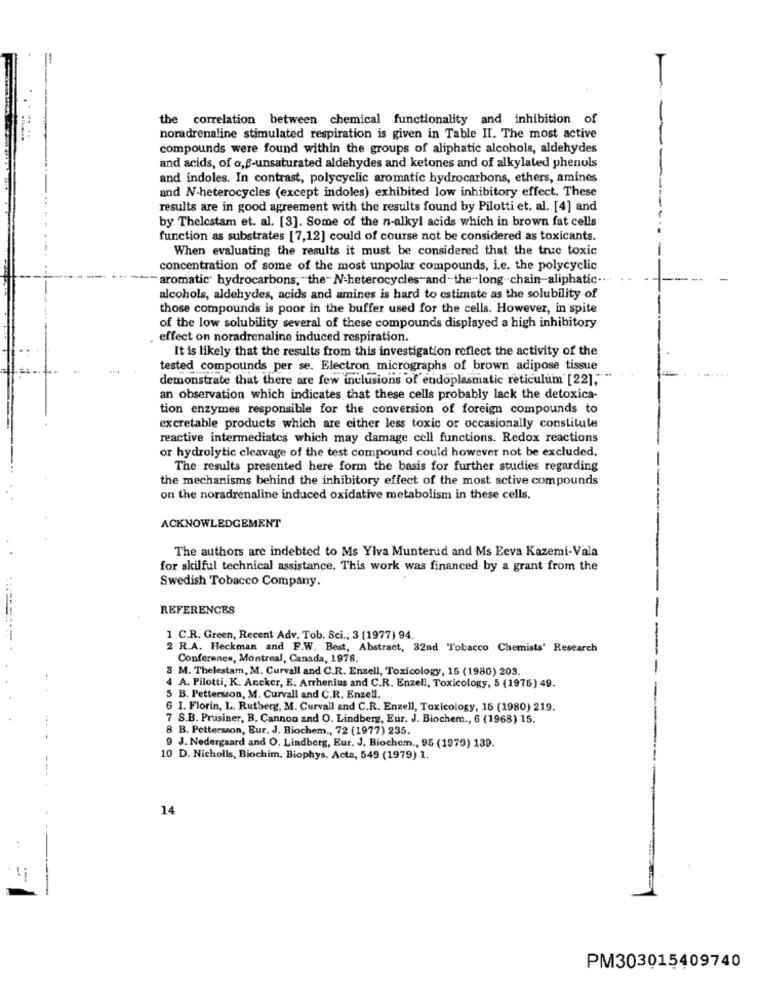
the correlation between chemical functionality and inhibition of
noradrenaline stimulated respiration is given in Table II. The most active
compounds were found within the groups of aliphatic alcohols, aldehydes
and acids, of a,g-unsaturated aldehydes and ketones and of alkylated phenols
and indoles. In contrast, polycyclic aromatic hydrocarbons, ethers, amines
and N-heterocycles (except indoles) exhibited low inhibitory effect. These
results are in good agreement with the results found by Pilotti et. al. [4] and
by Thelestam et. al. [3]. Some of the n-alkyl acids which in brown fat cells
function as substrates [7,12] could of course not be considered as toxicants.
When evaluating the results it must be considered that the true toxic
concentration of some of the most unpolar compounds, i.e. the polycyclic
- aromatic hydrocarbons;" the-N-heterocycles-and-the-long chain-aliphatic ...
alcohols, aldehydes, acids and amines is hard to estimate as the solubility of
those compounds is poor in the buffer used for the cells. However, in spite
of the low solubility several of these compounds displayed a high inhibitory
effect on noradrenaline induced respiration.
It is likely that the results from this investigation reflect the activity of the
tested compounds per se. Electron micrographs of brown adipose tissue
demonstrate that there are few inclusions of endoplasmatic reticulum' [22],""
an observation which indicates that these cells probably lack the detoxica-
tion enzymes responsible for the conversion of foreign compounds to
excretable products which are either less toxic or occasionally constitule
reactive intermediates which may damage cell functions. Redox reactions
or hydrolytic cleavage of the test compound could however not be excluded.
The results presented here form the basis for further studies regarding
the mechanisms behind the inhibitory effect of the most active compounds
on the noradrenaline induced oxidative metabolism in these cells.
ACKNOWLEDGEMENT
The authors are indebted to Ms Ylva Munterud and Ms Eeva Kazemi-Vala
for skilful technical assistance. This work was financed by a grant from the
Swedish Tobacco Company.
REFERENCES
1 C.R. Green, Recent Adv. Tob. Sci ., 3 (1977) 94.
2 R.A. Heckman and F.W. Best, Abstract, 32nd Tobacco Chemists' Research
Conference, Montreal, Canada, 1978.
8 M. Thelestam, M. Curvall and C.R. Enzell, Toxicology, 15 (1980) 203.
4 A. Pilotti, K. Aneker, E. Arrhenius and C.R. Enzell, Toxicology, 5 (1976) 49.
5 B. Pettersson, M. Curvall and C.R. Enzell.
6 I. Florin, L. Rutberg, M. Curvall and C.R. Enzell, Toxicology, 15 (1980) 219.
7 S.B. Prusiner, B. Cannon and O. Lindberg, Eur. J. Biochem ., 6 (1968) 15.
8 B. Pettersson, Eur. J. Biochem ., 72 (1977) 235.
9 J. Nedergaard and O. Lindberg, Eur. J. Biochem ., 95 (1979) 139.
10 D. Nicholls, Biochim, Biophys. Acta, 549 (1979) 1.
--
14
:
PM303015409740